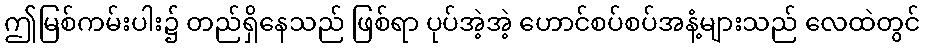
ဤမြစ်ကမ်းပါး၌ တည်ရှိနေသည် ဖြစ်ရာ ပုပ်အဲ့အဲ့ ဟောင်စပ်စပ်အနံ့များသည် လေထဲတွင်